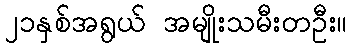
၂၁နှစ်အရွယ် အမျိုးသမီးတဦး။